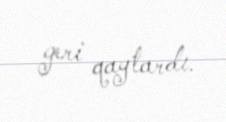
geri qaytardı.